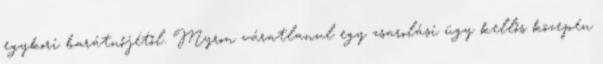
egykori barátnőjétől. Myron váratlanul egy zsarolási ügy kellős közepén